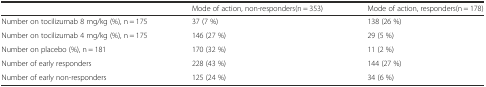
<table><thead><tr><td></td><td><b>Mode of action, non-responders(n = 353)</b></td><td><b>Mode of action, responders(n = 178)</b></td></tr></thead><tbody><tr><td>Number on tocilizumab 8 mg/kg (%), n = 175</td><td>37 (7 %)</td><td>138 (26 %)</td></tr><tr><td>Number on tocilizumab 4 mg/kg (%), n = 175</td><td>146 (27 %)</td><td>29 (5 %)</td></tr><tr><td>Number on placebo (%), n = 181</td><td>170 (32 %)</td><td>11 (2 %)</td></tr><tr><td>Number of early responders</td><td>228 (43 %)</td><td>144 (27 %)</td></tr><tr><td>Number of early non-responders</td><td>125 (24 %)</td><td>34 (6 %)</td></tr></tbody></table>